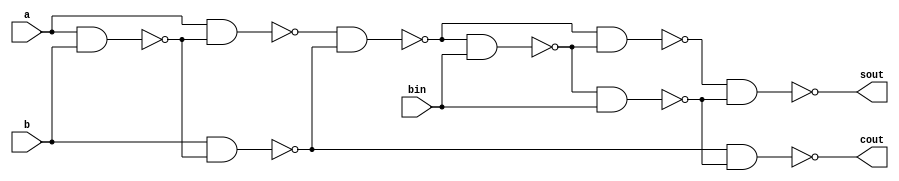
// This program was cloned from: https://github.com/ekb0412/100DaysofRTL
// License: Apache License 2.0

`timescale 1ns / 1ps

module fs_nand(
  input a, b, bin,
  output sout, cout
    );
    wire [6:0]w;
    nand n0(w[0], a, b);
    nand n1(w[1], a, w[0]);
    nand n2(w[2], b, w[0]);
    nand n3(w[3], w[1], w[2]);
    nand n4(w[4], w[3], bin);
    nand n5(w[5], w[3], w[4]);
    nand n6(w[6], w[4], bin);
    nand n7(sout, w[5], w[6]);
    nand n8(cout, w[2], w[6]);

endmodule